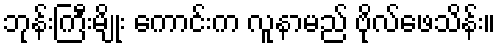
ဘုန်းကြီးမျိုး ကောင်းက လူနာမည် ဗိုလ်ဖေသိန်း။